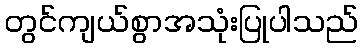
တွင်ကျယ်စွာအသုံးပြုပါသည်